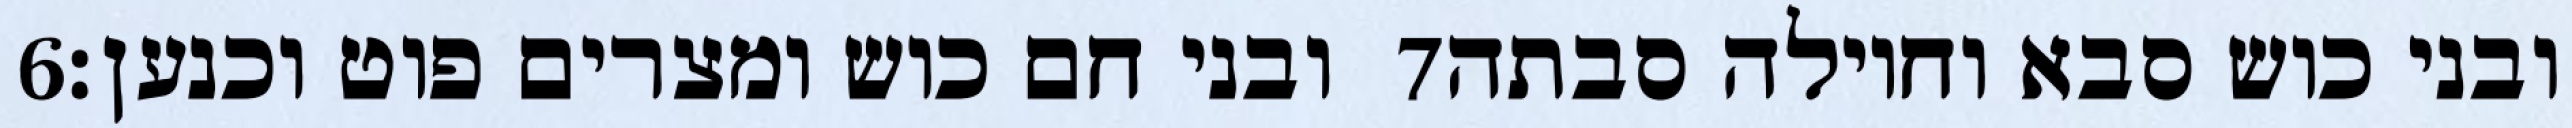
‎6‏ ובני חם כוש ומצרים פוט וכנען׃ ‎7‏ ובני כוש סבא וחוילה סבתה